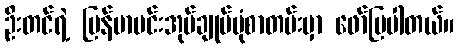
ဦးတင်ရဲ့ မြန်မာမင်းအုပ်ချုပ်ပုံစာတမ်းမှာ ဖော်ပြပါတယ်။